Annual administration and progress report of the Indian Medical Department, Bombay
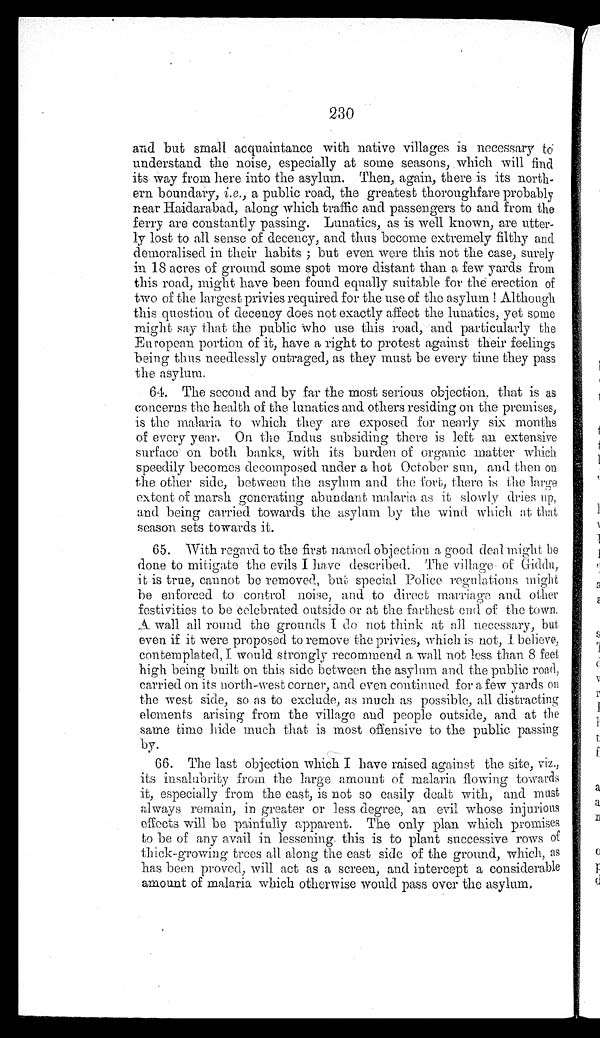
230
and but small acquaintance with native villages is necessary to
understand the noise, especially at some seasons, which will find
its way from here into the asylum. Then, again, there is its north-
ern boundary, i.e. , a public road, the greatest thoroughfare probably
near Haidarabad, along which traffic and passengers to and from the
ferry are constantly passing. Lunatics, as is well known, are utter
-ly lost to all sense of decency, and thus become extremely filthy and
demoralised in their habits ; but even were this not the case, surely
in 18 acres of ground some spot more distant than a few yards from
this road, might have been found equally suitable for the erection of
two of the largest privies required for the use of the asylum ! Although
this question of decency does not exactly affect the lunatics, yet some
might say that the public who use this road, and particularly the
European portion of it, have a right to protest against their feelings
being thus needlessly outraged, as they must be every time they pass
the asylum.
64. The second and by far the most serious objection, that is as
concerns the health of the lunatics and others residing on the premises,
is the malaria to which they are exposed for nearly six months
of e ve r y ye a r . On t he I ndus s ubs i di ng t he r e i s l e f t a n e xt e ns i ve
surface on both banks, with its burden of organic matter which
speedily becomes decomposed under a hot October sun, and then on
the other side, between the asylum and the fort, there is the large
extent of marsh generating abundant malaria as it slowly dries up,
and being carried towards the asylum by the wind which at that
season sets towards it.
65. With regard to the first named objection a good deal might be
done to mitigate the evils I have described. The village Giddn,
it is true, cannot be removed, but special Police regulations might
be enforced to control noise, and to direct marriage and other
festivities to be celebrated outside or at the farthest end of the town.
A wall all round the grounds I do not think at all necessary, but
even if it were proposed to remove the privies, which is not, I believe,
contemplated, I would strongly recommend a wall not less than 8 feet
high being built on this side between the asylum and the public road,
carried on its north-west corner, and even continued for a few yards on
the west side, so as to exclude, as much as possible, all distracting
elements arising from the village and people outside, and at the
same time hide much that is most offensive to the public passing
by.
66. The last objection which I have raised against the site, viz.,
its insalubrity from the large amount of malaria flowing towards
it, especially from the east, is not so easily dealt with, and must
always remain, in greater or less degree, an evil whose injurious
effects will be painfully apparent. The only plan which promises
to be of any avail in lessening this is to plant successive rows of
thick-growing trees all along the east side of the ground, which, as
has been proved, will act as a screen, and intercept a considerable
amount of malaria which otherwise would pass over the asylum.